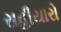
સહીયારો